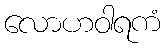
လောဟဝါရကံ